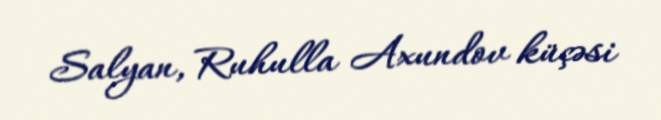
Salyan, Ruhulla Axundov küçəsi